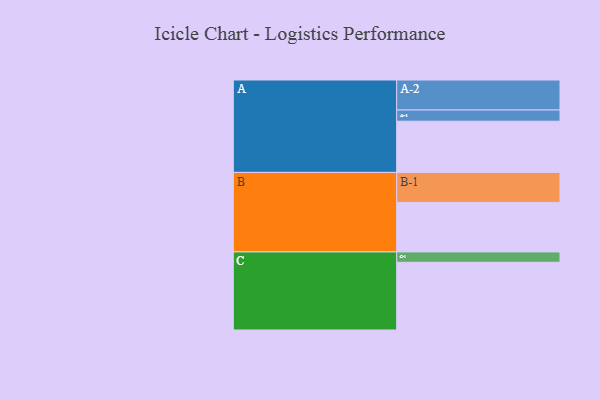
{"axis": {"x": "Segment", "y": "Value"}, "legend": ["", "A", "B", "C"], "data": [{"x": "A", "y": 425, "type": ""}, {"x": "B", "y": 411, "type": ""}, {"x": "C", "y": 562, "type": ""}, {"x": "A-1", "y": 93, "type": "A"}, {"x": "A-2", "y": 249, "type": "A"}, {"x": "B-1", "y": 249, "type": "B"}, {"x": "C-1", "y": 86, "type": "C"}]}